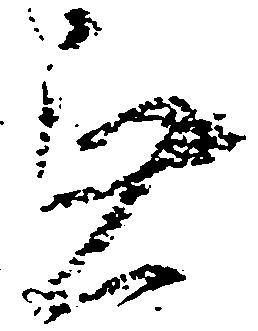
無